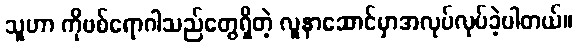
သူဟာ ကိုဗစ်ရောဂါသည်တွေရှိတဲ့ လူနာဆောင်မှာအလုပ်လုပ်ခဲ့ပါတယ်။